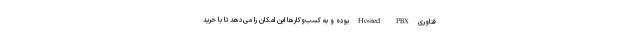
فناوری Hosted PBX بوده و به کسب‌وکارها این امکان را می‌دهد تا با خرید